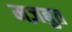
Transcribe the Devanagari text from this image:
मज़बुत